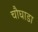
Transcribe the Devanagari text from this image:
चौघाडा